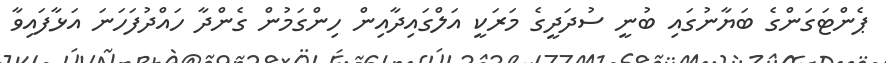
ޕެންޓަގަންގެ ބަޔާނުގައި ބުނީ ސުދަދީގެ މަރަކީ އަލްގައިދާއިން ހިންގަމުން ގެންދާ ހައްދުފަހަނަ އަޅާފައިވާ